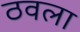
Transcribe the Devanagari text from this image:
ठवला